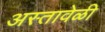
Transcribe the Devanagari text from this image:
अस्तावेळी